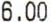
6.00